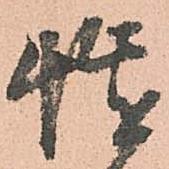
慥